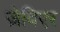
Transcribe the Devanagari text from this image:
ज़ेविएर